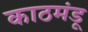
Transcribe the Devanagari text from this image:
काठमंडू